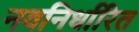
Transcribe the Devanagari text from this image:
नवनिर्धारित